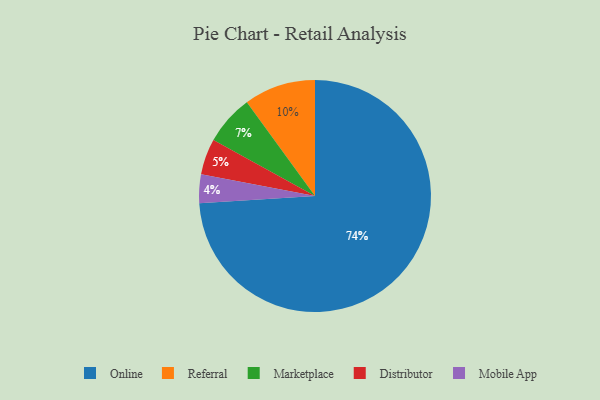
{"axis": {"x": "Category", "y": "Percentage"}, "legend": ["Distributor", "Marketplace", "Mobile App", "Online", "Referral"], "data": [{"x": "Online", "y": 74, "type": "Online"}, {"x": "Distributor", "y": 5, "type": "Distributor"}, {"x": "Referral", "y": 10, "type": "Referral"}, {"x": "Mobile App", "y": 4, "type": "Mobile App"}, {"x": "Marketplace", "y": 7, "type": "Marketplace"}]}